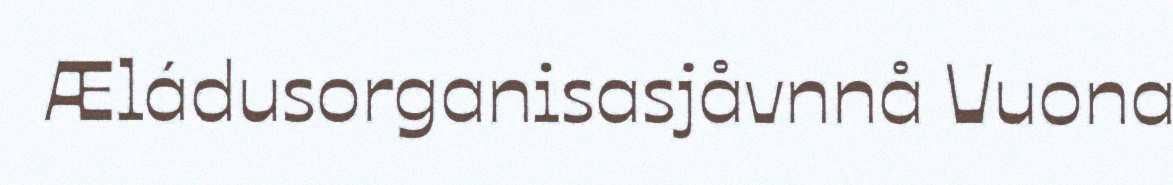
Æládusorganisasjåvnnå Vuona